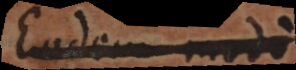
Eodem modo